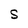
Character: S